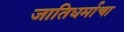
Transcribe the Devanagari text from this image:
जातिधर्माचा